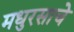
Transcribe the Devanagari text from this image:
मधुरसाचे